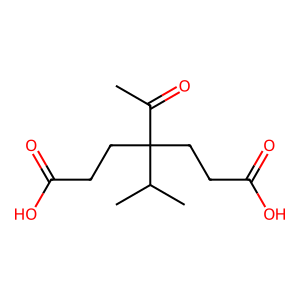
SMILES: CC(=O)C(CCC(=O)O)(CCC(=O)O)C(C)C
Inhibits HIV replication: No